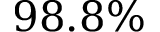
9 8 . 8 \%